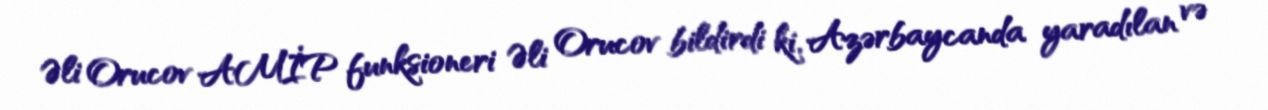
Əli Orucov AMİP funksioneri Əli Orucov bildirdi ki, Azərbaycanda yaradılan və